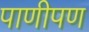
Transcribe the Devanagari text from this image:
पाणीपण